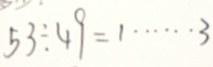
5 3 \div 4 9 = 1 \cdots 3